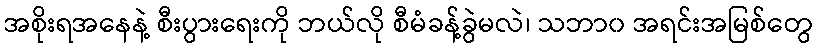
အစိုးရအနေနဲ့ စီးပွားရေးကို ဘယ်လို စီမံခန့်ခွဲမလဲ၊ သဘာ၀ အရင်းအမြစ်တွေ